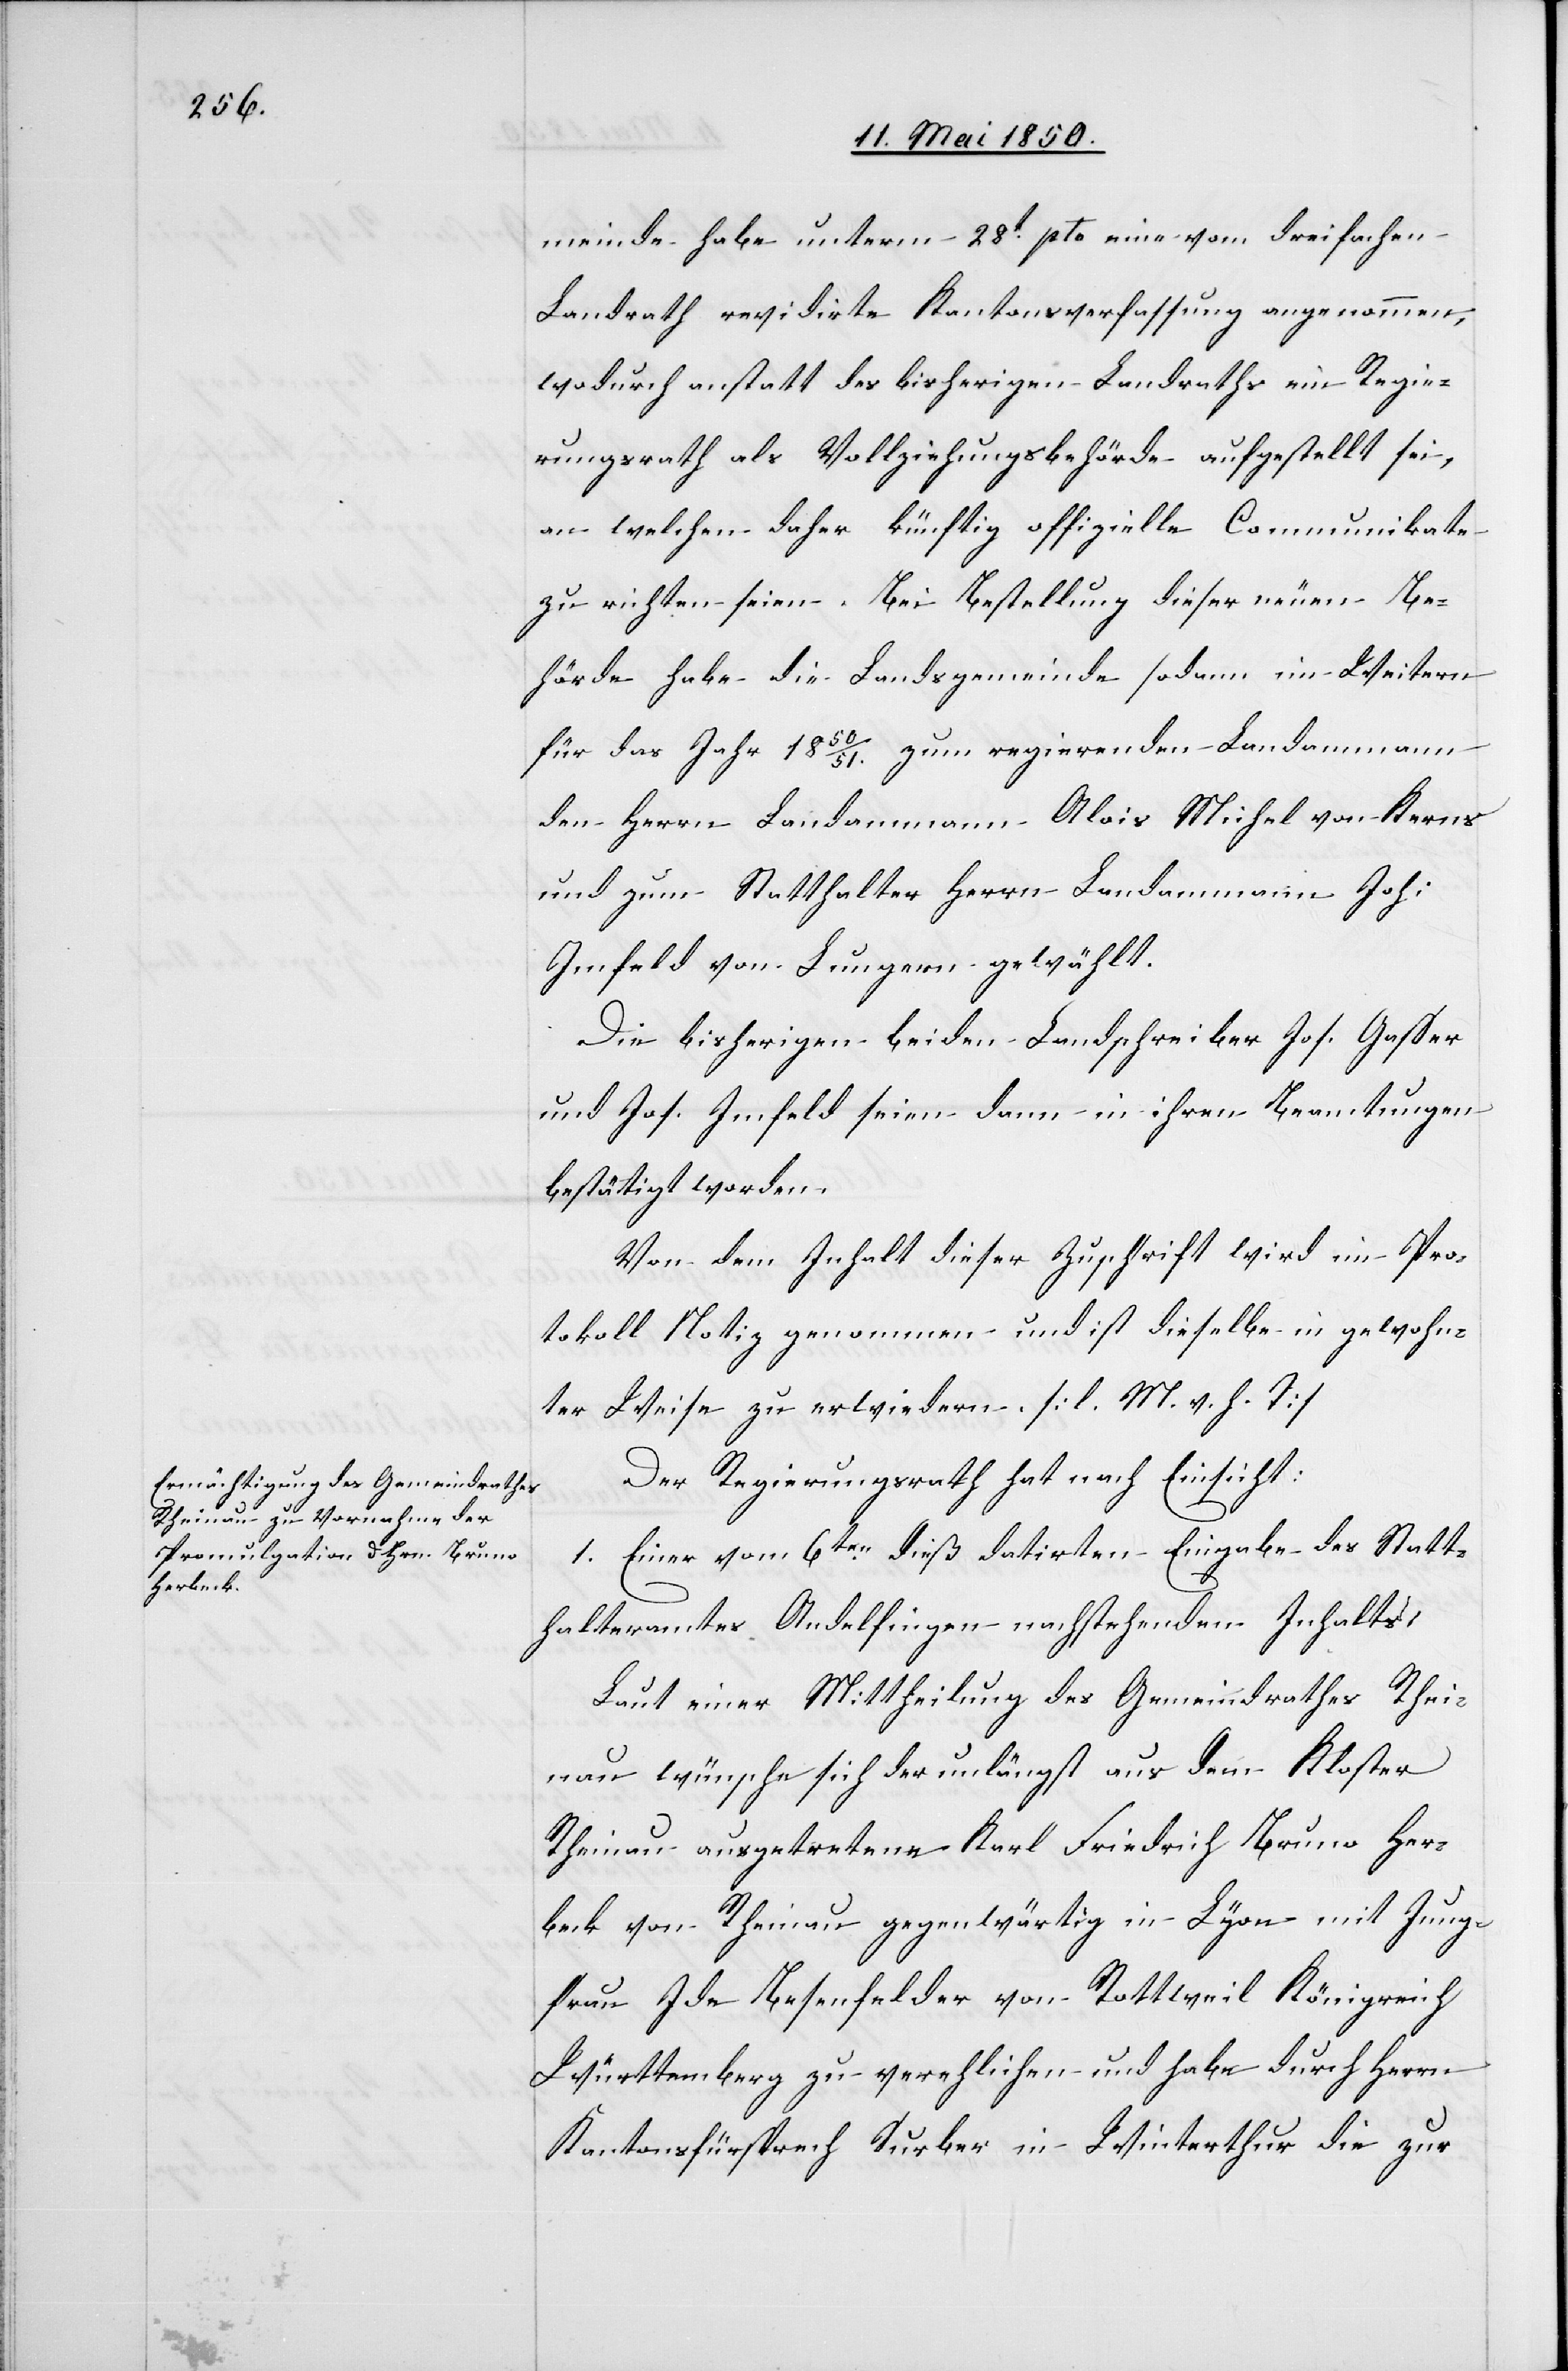
meinde habe unterm 28t pto eine vom dreifachen
Landrath revidirte Kantonsverfassung angenommen,
wodurch anstatt des bisherigen Landraths ein Regie¬
rungsrath als Vollziehungsbehörde aufgestellt sei,
an welchen daher künftig offizielle Communikate
zu richten seien. Bei Bestellung dieser neuen Be¬
hörde habe die Landsgemeinde sodann im Weitern
für das Jahr 1850/51. zum regierenden Landammann
den Herrn Landammann Alois Michel von Kerns
und zum Statthalter Herrn Landammann Joh:
Imfeld von Lungern gewählt.
Die bisherigen beiden Landschreiber Jos. Gasser
und Jos. Imfeld seien dann in ihren Beamtungen
bestätigt worden.
Von dem Inhalt dieser Zuschrift wird im Pro¬
tokoll Notiz genommen und ist dieselbe in gewohn¬
ter Weise zu erwiedern [l. M. v. h. T]
Der Regierungsrath hat nach Einsicht:
1. Einer vom 6ten dieß datirten Eingabe des Statt¬
halteramtes Andelfingen nachstehenden Inhalts:
Laut einer Mittheilung des Gemeindrathes Rhei¬
nau wünsche sich der unlängst aus dem Kloster
Rheinau ausgetretene Karl Friedrich Bruno Her¬
beck von Rheinau gegenwärtig in Lyon mit Jung¬
frau Ide Besenfelder von Rottweil Königreich
Württemberg zu verehlichen und habe durch Herrn
Kantonsfürsprech Surber in Winterthur die zur